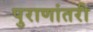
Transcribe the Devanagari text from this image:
पुराणांतरी